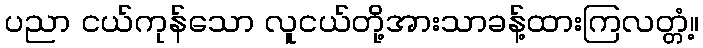
ပညာ ငယ်ကုန်သော လူငယ်တို့အားသာခန့်ထားကြလတ္တံ့။